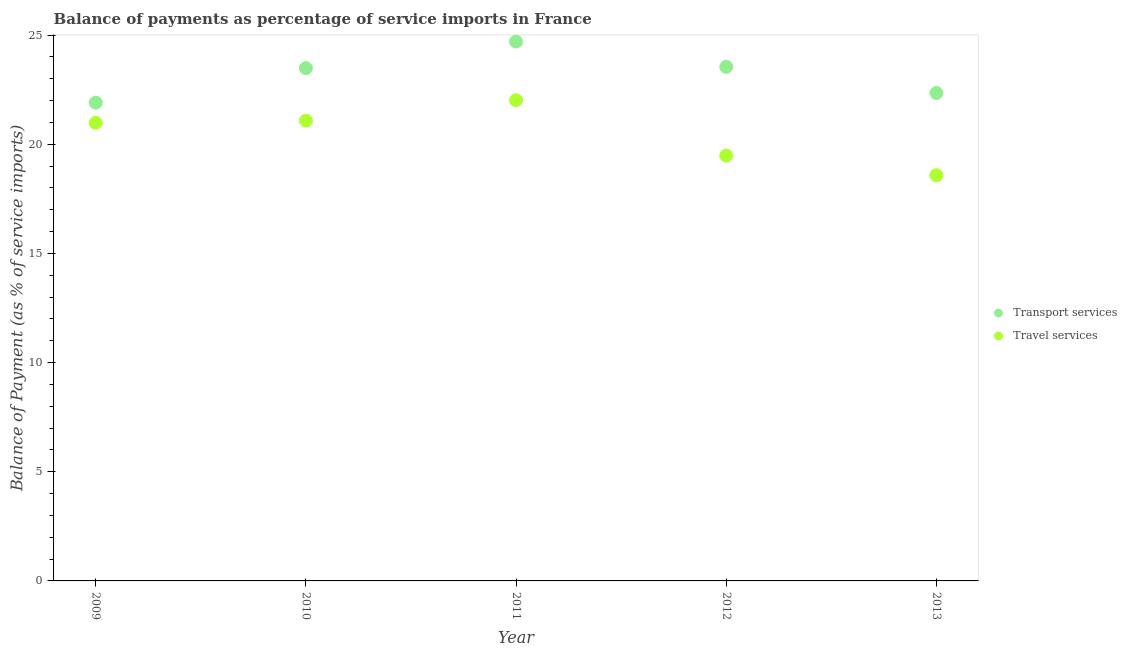
| Year | Transport services | Travel services |
 | --- | --- | --- |
 | 2009 | 21.9 | 21 |
 | 2010 | 23.5 | 21.1 |
 | 2011 | 24.7 | 22 |
 | 2012 | 23.5 | 19.5 |
 | 2013 | 22.3 | 18.6 |